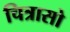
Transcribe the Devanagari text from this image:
चित्रासो